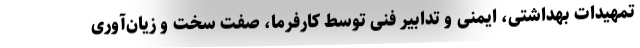
تمهیدات بهداشتی، ایمنی و تدابیر فنی توسط کارفرما، صفت سخت و زیان‌آوری